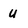
Character: U